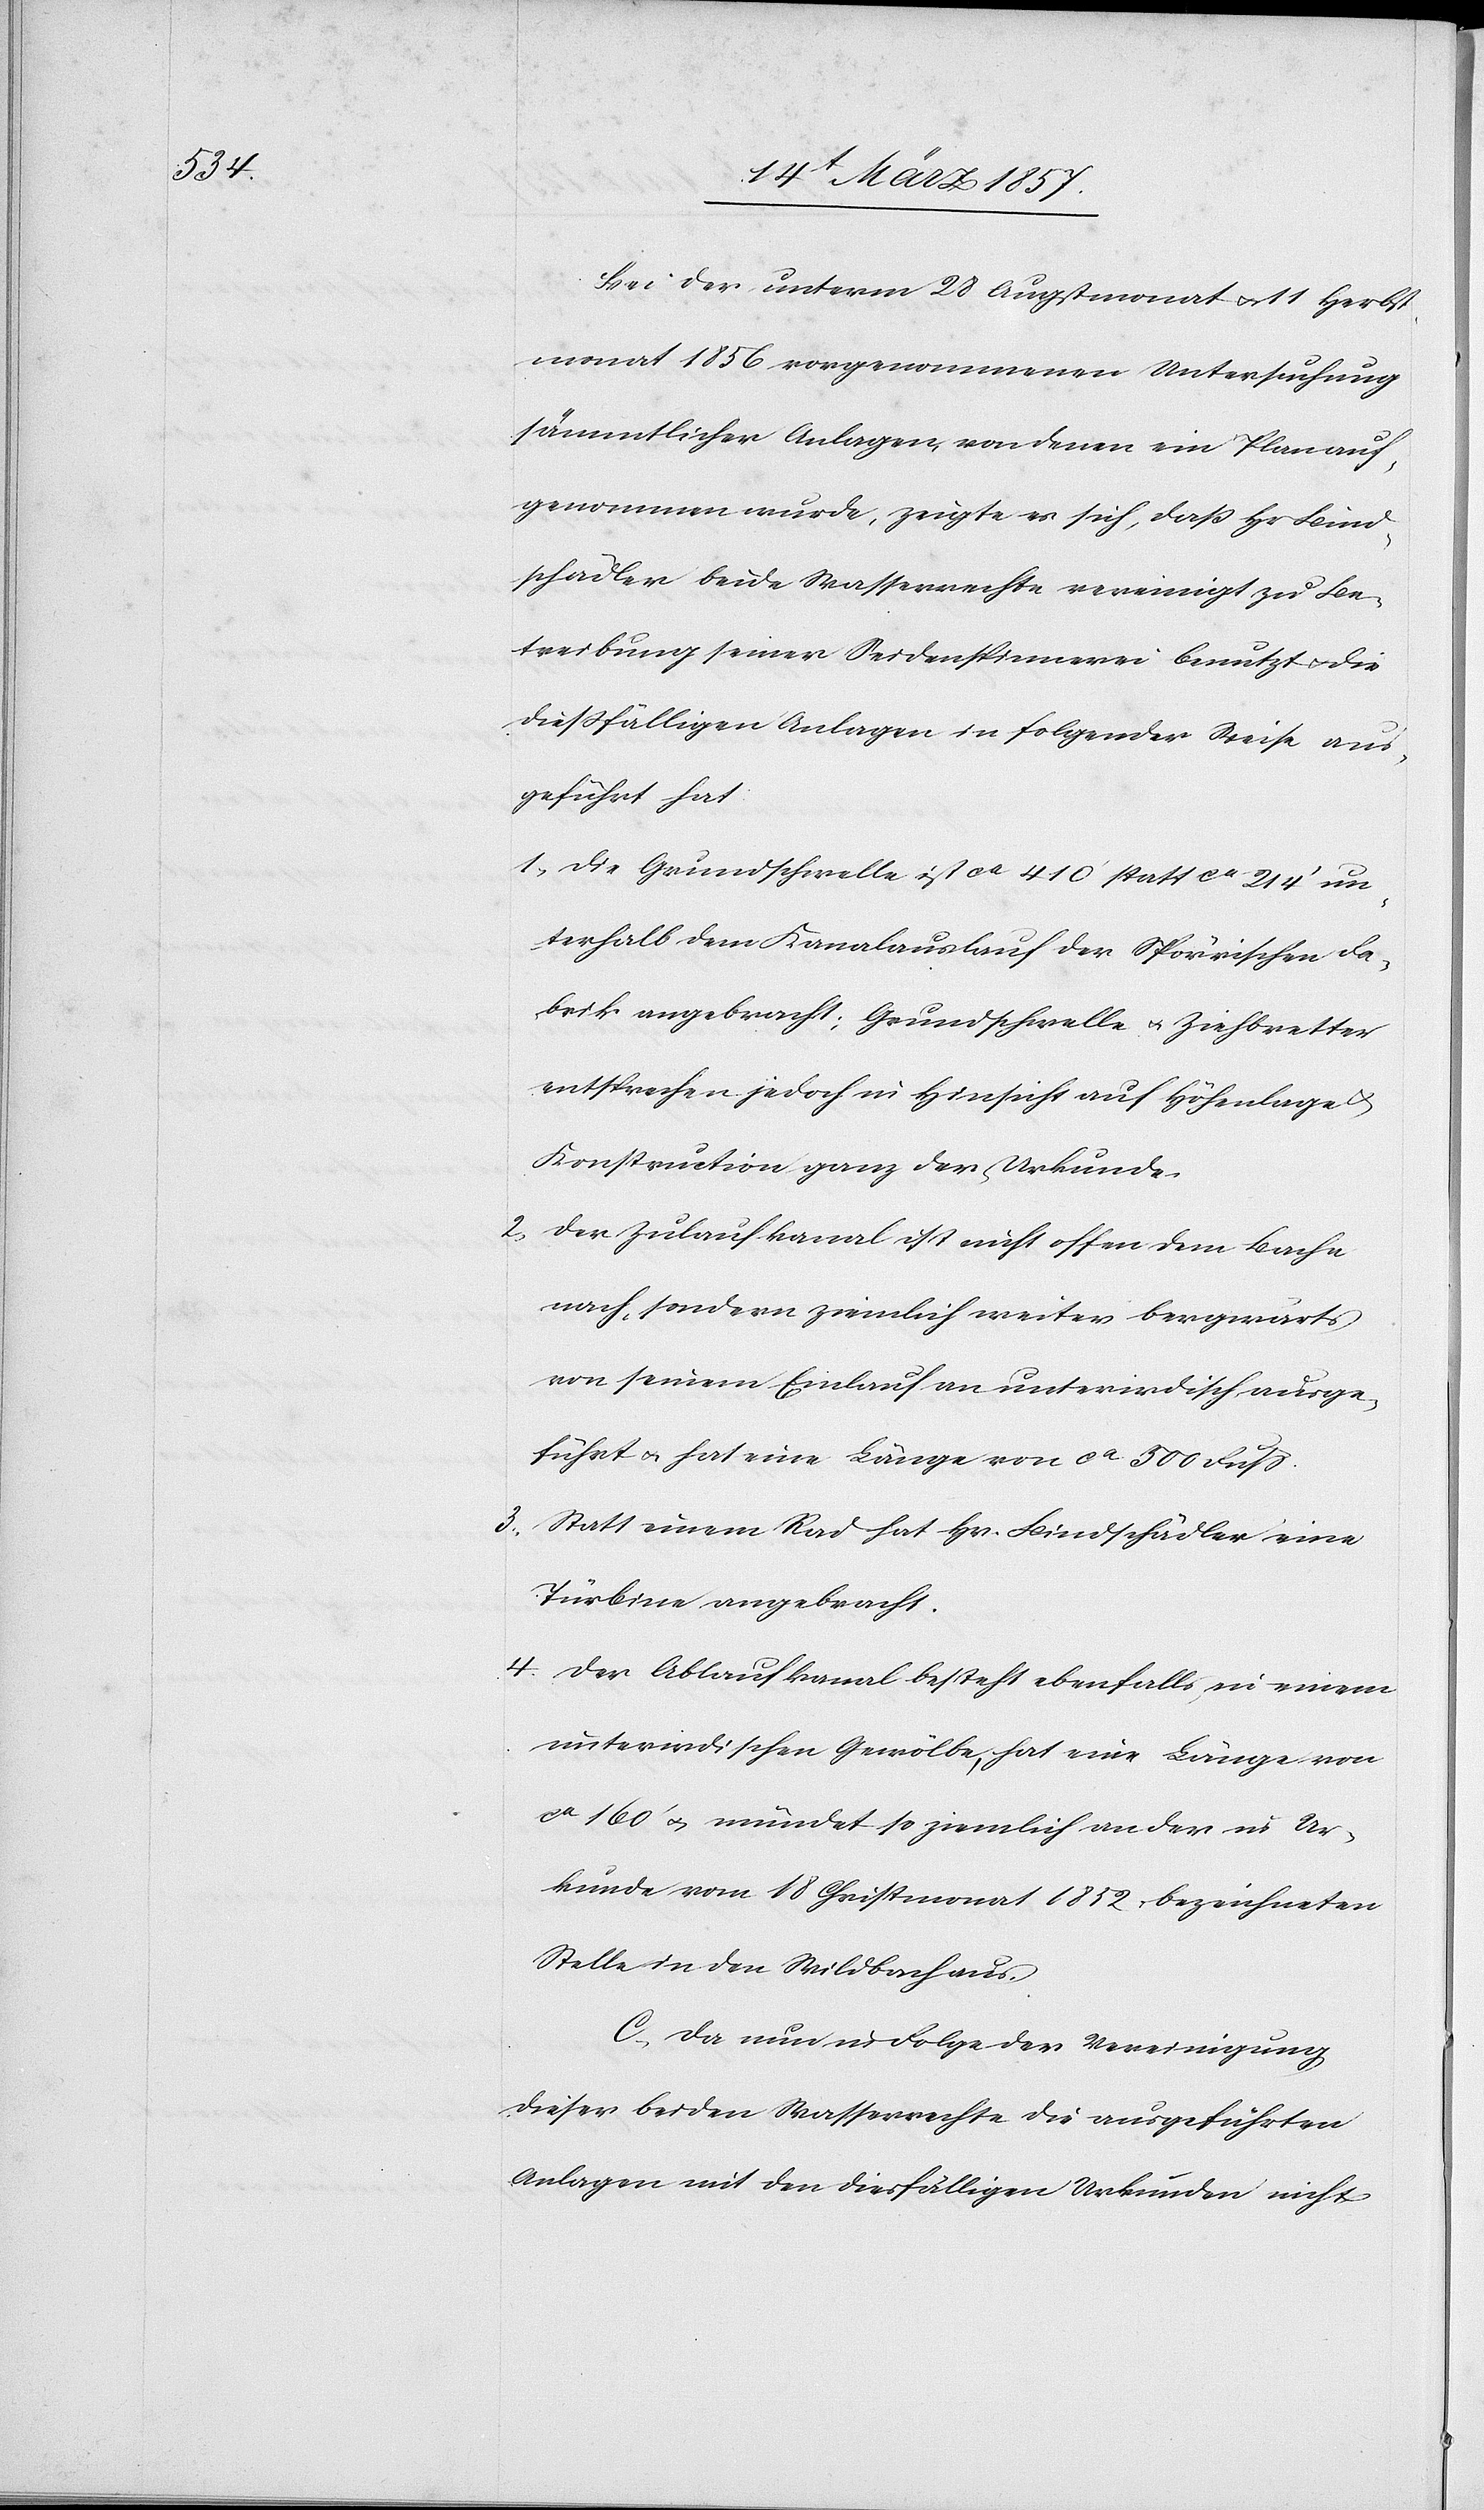
Bei der unterm 29 Augstmonat u. 11 Herbst¬
monat 1856 vorgenommenen Untersuchung
sämmtlicher Anlagen, von denen ein Plan auf¬
genommen wurde, zeigte es sich, daß Hr Bind¬
schädler beide Wasserrechte vereinigt zu Be¬
treibung seiner Seidenspinnerei benutzt u. die
dießfälligen Anlagen in folgender Weise aus¬
geführt hat:
1. Die Grundschwelle ist ca 410‘ statt ca 214‘ un¬
terhalb dem Kanalauslauf der Spörrischen Fa¬
brik angebracht; Grundschwelle u. Ziehbretter
entsprechen jedoch in Hinsicht auf Höhenlage u.
Konstruction ganz der Urkunde.
2. Der Zulaufkanal ist nicht offen dem Bache
nach, sondern ziemlich weiter bergwärts
von seinem Einlauf an unterirdisch ausge¬
führt u. hat eine Länge von ca 500 Fuß.
3. Statt einem Rad hat Hr. Bindschädler eine
Türbine angebracht.
4. Der Ablaufkanal besteht ebenfalls in einem
unterirdischen Gewölbe, hat eine Länge von
ca 160‘ u. mündet so ziemlich an der in Ur¬
kunde vom 18 Christmonat 1852 bezeichneten
Stelle in den Wildbach aus.
C. Da nun in Folge der Vereinigung
dieser beiden Wasserrechte die ausgeführten
Anlagen mit den diesfälligen Urkunden nicht